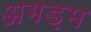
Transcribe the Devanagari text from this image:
अगड़म